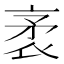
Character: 袤